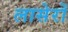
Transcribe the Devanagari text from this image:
लासेरों